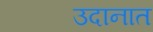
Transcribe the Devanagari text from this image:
उदानात